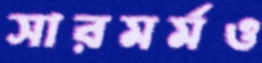
সারমর্মও